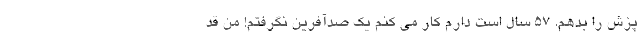
پزش را بدهم. ۵۷ سال است دارم کار می کنم یک صدآفرین نگرفتم! من قد